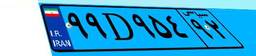
۹۹D۴۰۱۹۹